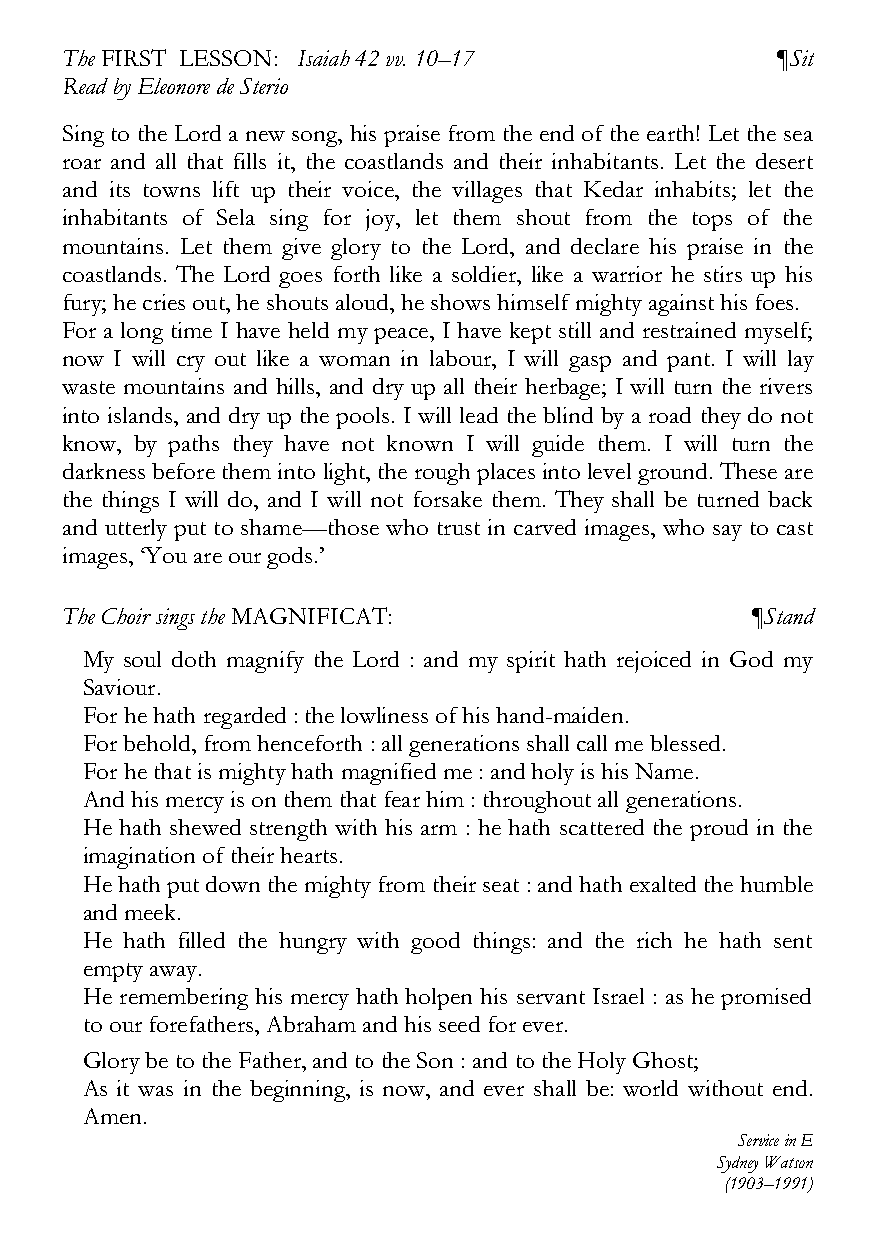
The FIRST LESSON: Isaiah 42 vv. 10–17          ¶Sit
 Read by Eleonore de Sterio
 Sing to the Lord a new song, his praise from the end of the earth! Let the sea
 roar and all that fills it, the coastlands and their inhabitants. Let the desert
 and its towns lift up their voice, the villages that Kedar inhabits; let the
 inhabitants of Sela sing for joy, let them shout from the tops of the
 mountains. Let them give glory to the Lord, and declare his praise in the
 coastlands. The Lord goes forth like a soldier, like a warrior he stirs up his
 fury; he cries out, he shouts aloud, he shows himself mighty against his foes.
 For a long time I have held my peace, I have kept still and restrained myself;
 now I will cry out like a woman in labour, I will gasp and pant. I will lay
 waste mountains and hills, and dry up all their herbage; I will turn the rivers
 into islands, and dry up the pools. I will lead the blind by a road they do not
 know, by paths they have not known I will guide them. I will turn the
 darkness before them into light, the rough places into level ground. These are
 the things I will do, and I will not forsake them. They shall be turned back
 and utterly put to shame—those who trust in carved images, who say to cast
 images, ‘You are our gods.’
 The Choir sings the MAGNIFICAT:               ¶Stand
 My soul doth magnify the Lord : and my spirit hath rejoiced in God my
 Saviour.
 For he hath regarded : the lowliness of his hand-maiden.
 For behold, from henceforth : all generations shall call me blessed.
 For he that is mighty hath magnified me : and holy is his Name.
 And his mercy is on them that fear him : throughout all generations.
 He hath shewed strength with his arm : he hath scattered the proud in the
 imagination of their hearts.
 He hath put down the mighty from their seat : and hath exalted the humble
 and meek.
 He hath filled the hungry with good things: and the rich he hath sent
 empty away.
 He remembering his mercy hath holpen his servant Israel : as he promised
 to our forefathers, Abraham and his seed for ever.
 Glory be to the Father, and to the Son : and to the Holy Ghost;
 As it was in the beginning, is now, and ever shall be: world without end.
 Amen.
 Service in E
 Sydney Watson
 (1903–1991)